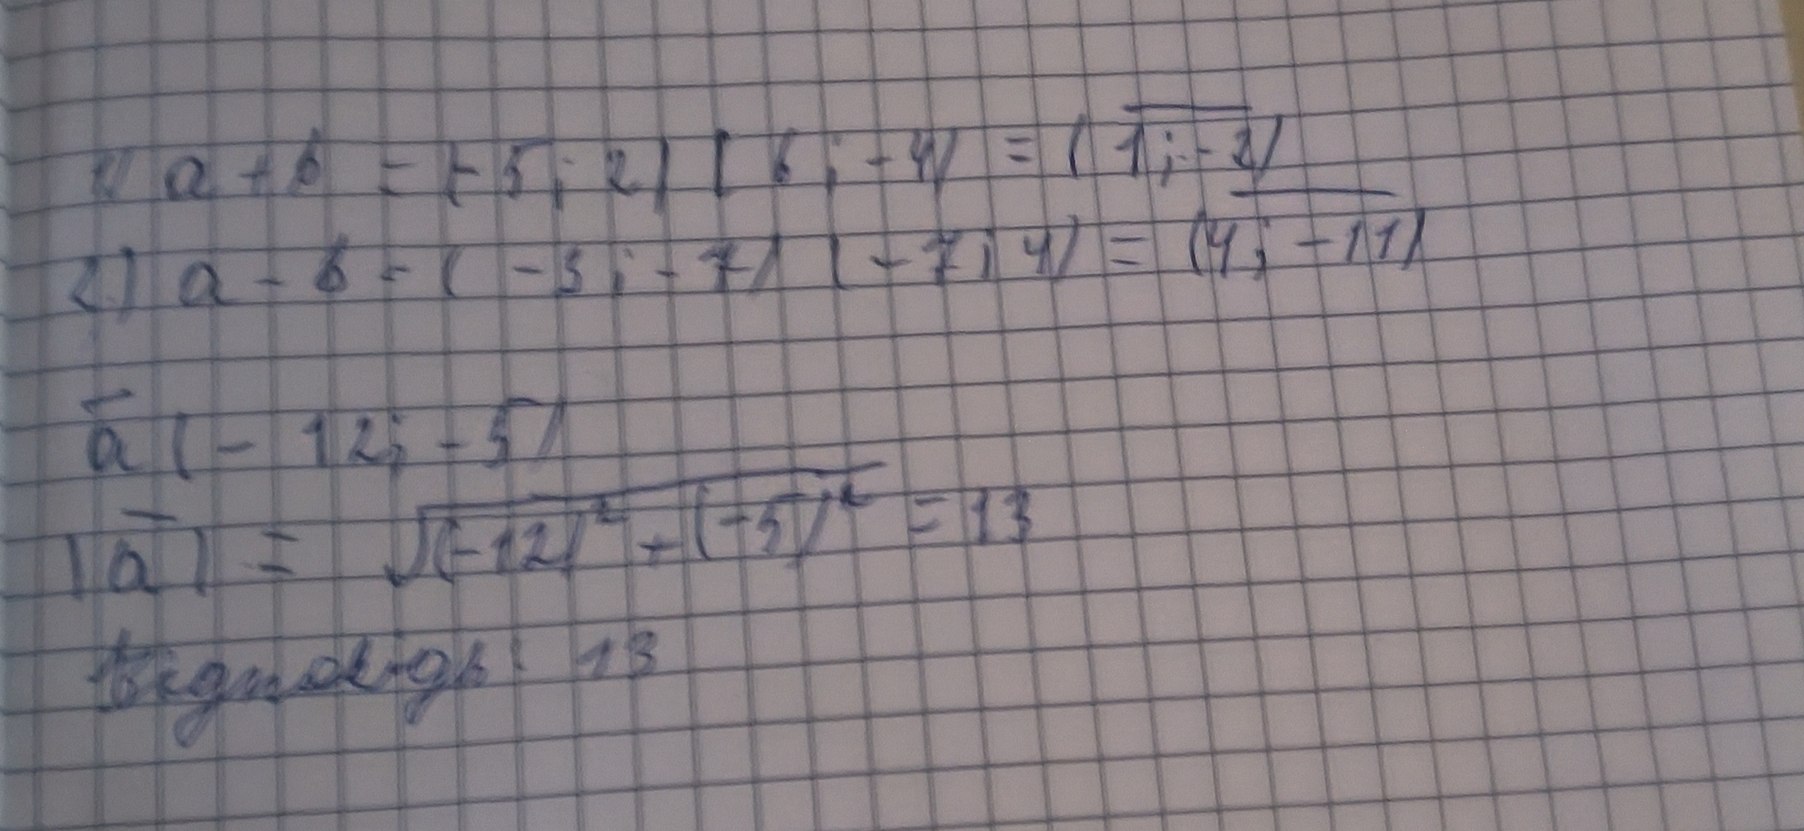
1.) a + b = (-5; 2) + (6; -4) = (1; -2)
2) a - b = (-3; -7)  (-7; 4) = (4; -11)
\vec{a}(-12; -5)
\\ |\vec{a}| = \sqrt{(-12)^2 + (-5)^2} = 13
Відповідь: 13